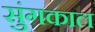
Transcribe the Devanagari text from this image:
सुंगकाल